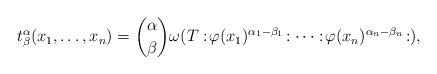
LaTeX: \begin{align*}t_{\beta}^{\alpha}(x_1,\ldots,x_n)={\alpha \choose \beta} \omega(T:\!\varphi(x_1)^{\alpha_1-\beta_1}\!:\cdots:\!\varphi(x_n)^{\alpha_n-\beta_n}\!:),\end{align*}